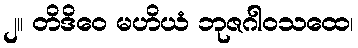
၂။ တိဒိဝေ မဟိယံ ဘုဇဂါဝသထေ၊